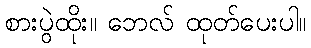
စားပွဲထိုး။ ဘေလ် ထုတ်ပေးပါ။